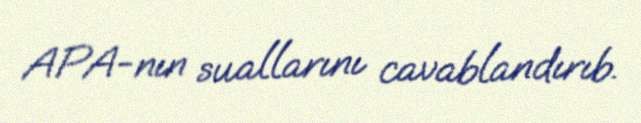
APA-nın suallarını cavablandırıb.